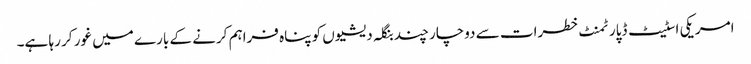
امریکی اسٹیٹ ڈپارٹمنٹ خطرات سے دوچار چند بنگلہ دیشیوں کو پناہ فراہم کرنے کے بارے میں غور کر رہا ہے۔